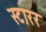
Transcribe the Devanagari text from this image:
स्टारर